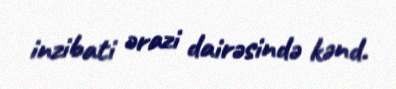
inzibati ərazi dairəsində kənd.